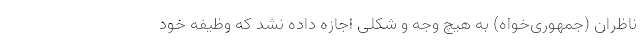
ناظران (جمهوری‌خواه) به هیچ وجه و شکلی اجازه داده نشد که وظیفه خود